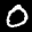
Label: 0